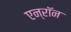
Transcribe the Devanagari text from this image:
एन्‍रॉन